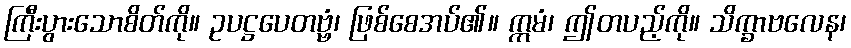
ကြီးပွားသောစိတ်ကို။ ဥပဋ္ဌပေတဗ္ဗံ၊ ဖြစ်စေအပ်၏။ ဣမံ၊ ဤတပည့်ကို။ သိက္ခာဗလေန၊